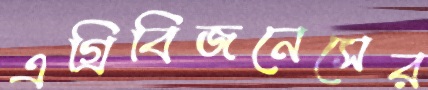
এগ্রিবিজনেসের